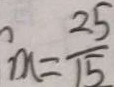
m = \frac { 2 5 } { 1 5 }